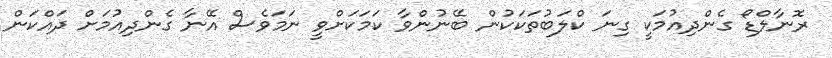
ރޮނާލްޑޯ ގެންދިއުމަކީ ގިނަ ކްލަބުތަކަކުން ބޭނުންވާ ކަމަކަށްވީ ނަމަވެސް އޭނާ ގެންދިއުމަށް ދައްކަން